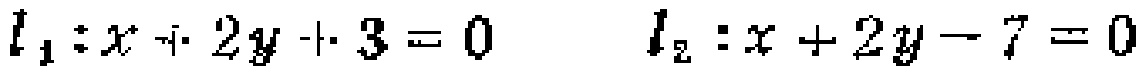
\(l_{1}:x + 2y + 3 = 0\)  \(l_{2}:x + 2y - 7 = 0\)